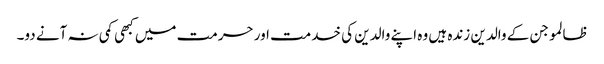
ظالمو جن کے والدین زندہ ہیں وہ اپنے والدین کی خدمت اور حرمت میں کبھی کمی نہ آنے دو۔